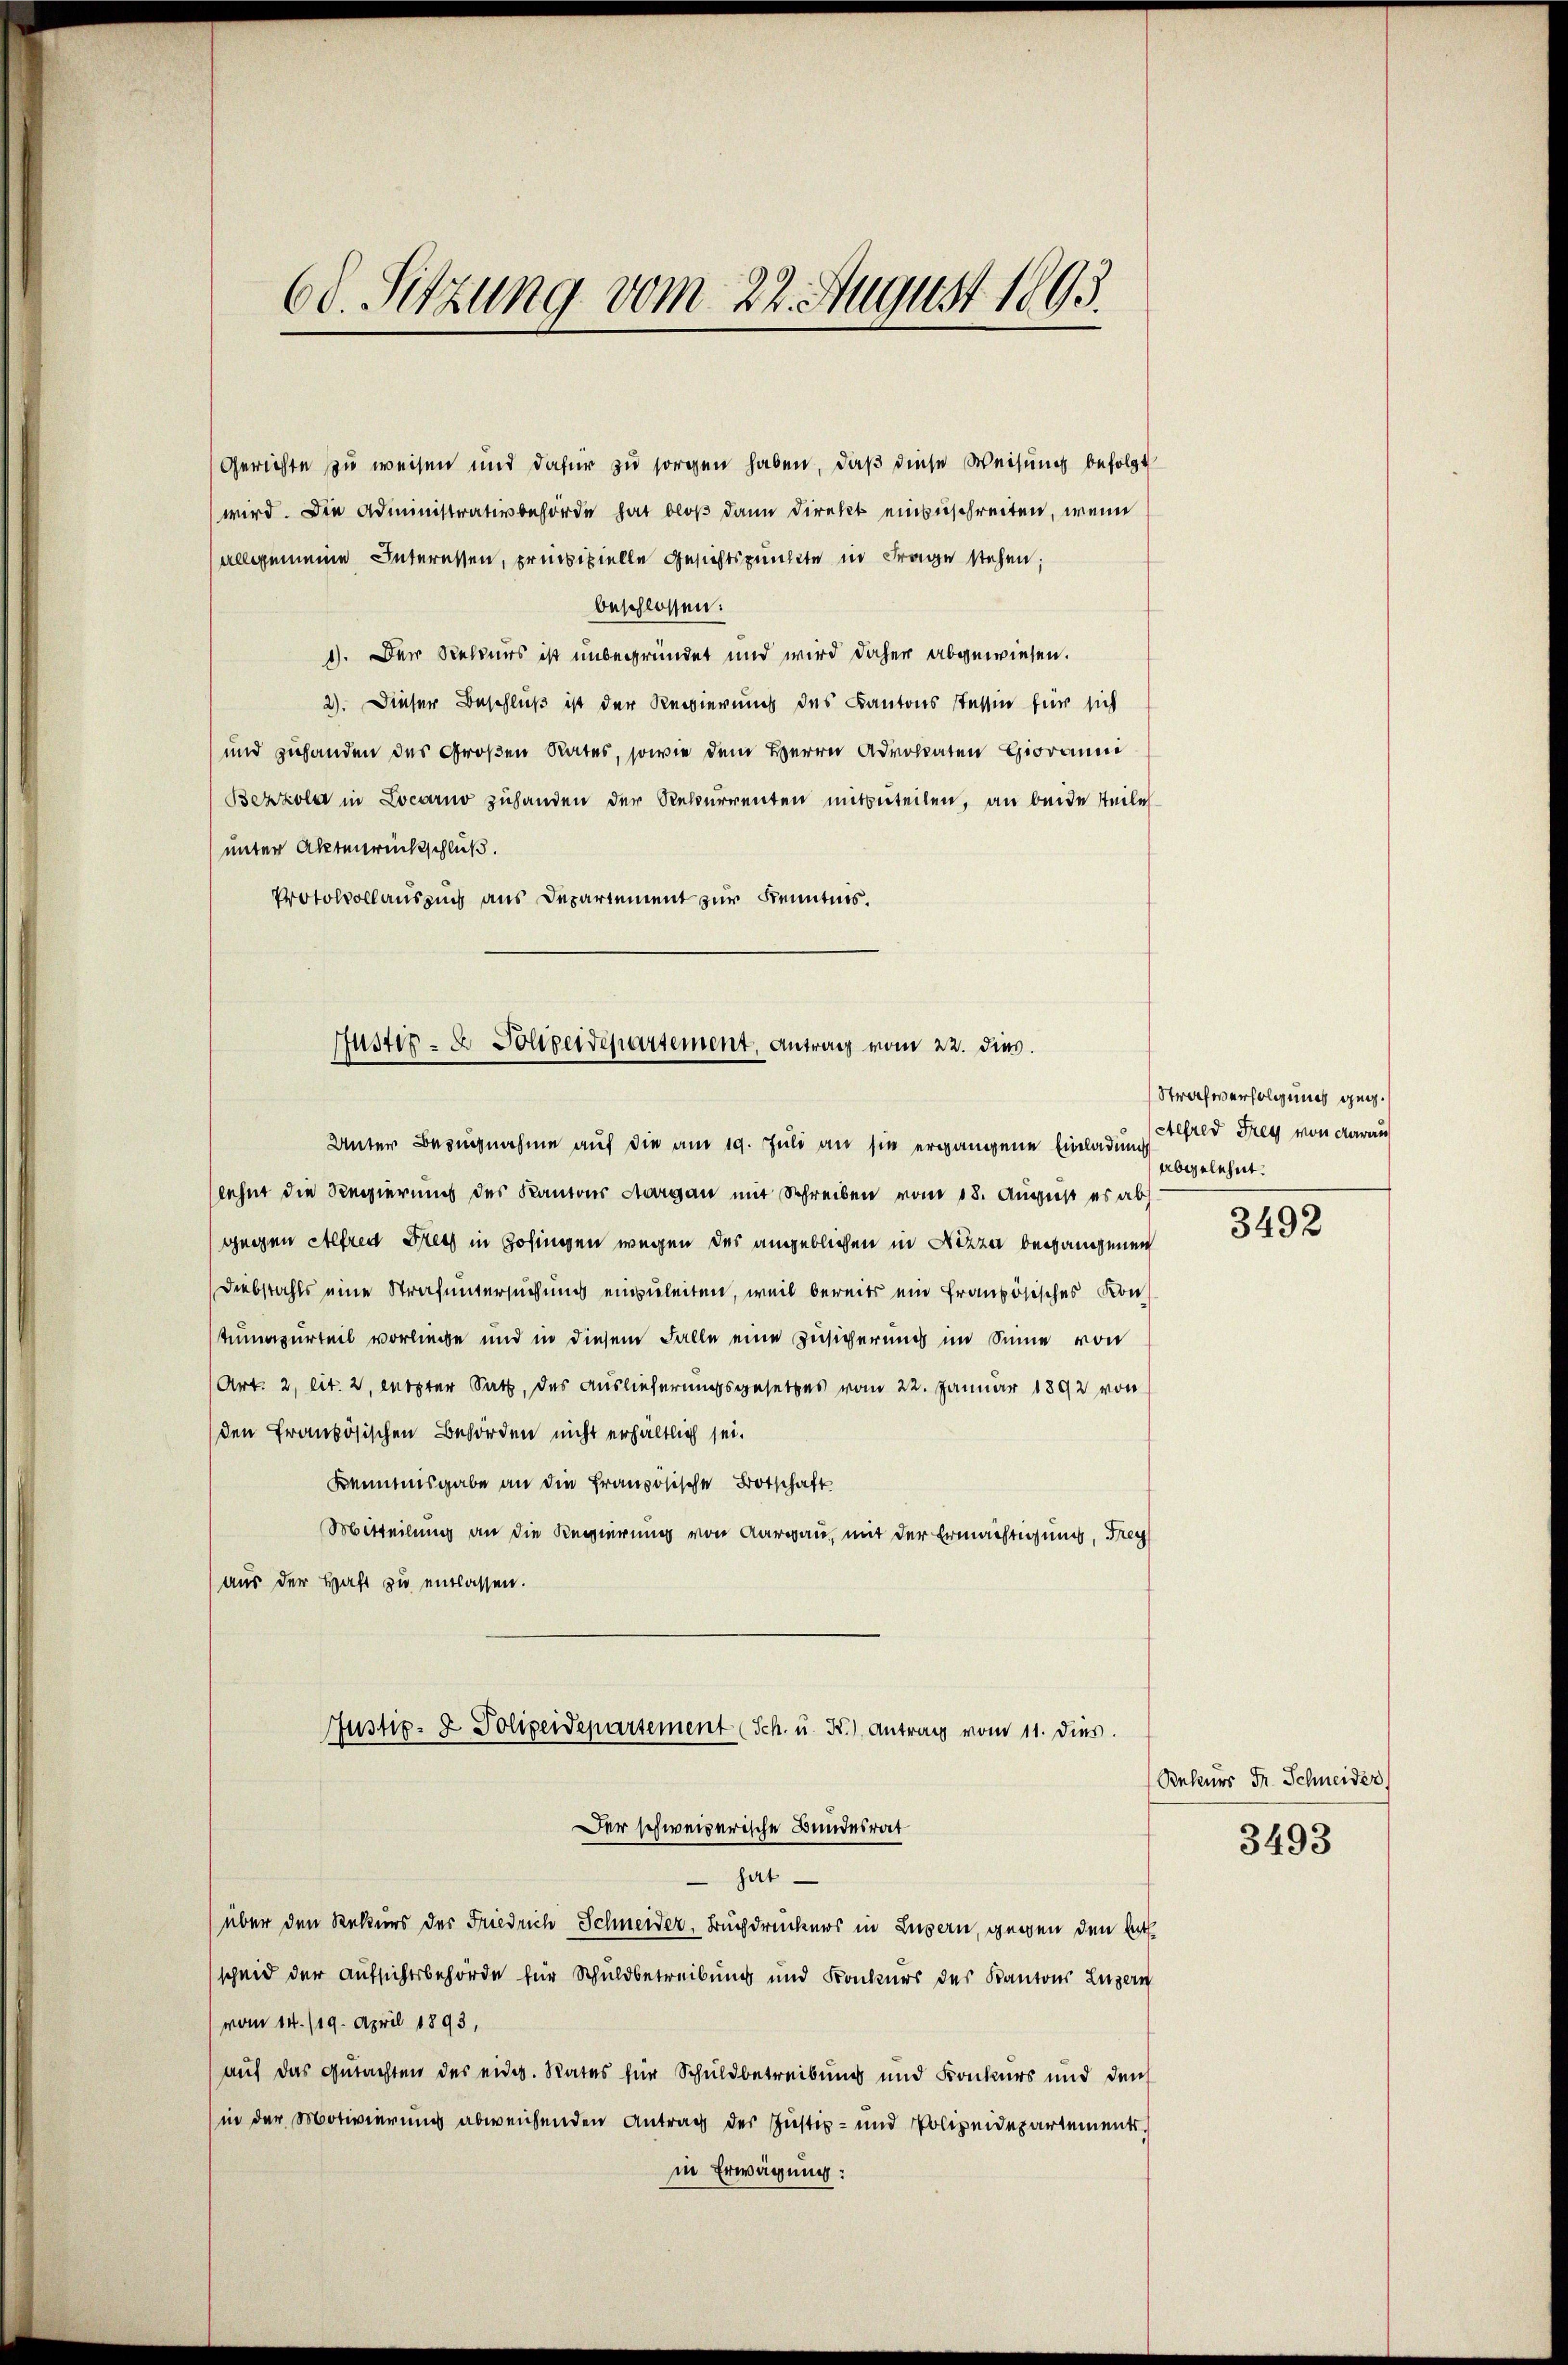
68. Sitzung vom 22. August 1895.

Gerichte zu weisen und dafür zu sorgen haben, daß diese Weisung befolgt
wird. Die Administrativbehörde hat bloß dann direkt einzuschreiten, wenn
allgemeine Interessen, precipielle Gesichtspunkte in Frage stehen;
beschlossen:
1). Der Rekurs ist unbegründet und wird daher abgewiesen.
2). Dieser Beschluß ist der Regierung des Kantons Tessin für sich
und zuhanden des Großen Rates, sowie dem Herrn Advokaten Giovanni
Bezzola in Locarno zuhanden der Rekurrenten mitzuteilen, an beide Teile
unter Aktenrückschluß.
Protokollauszug aus Departement zur Kenntnis.
Unter Bezugnahme auf die am 19. Juli an sie ergangene Einladung Alfred Frey von darau
lehnt die Regierung des Kantons Aargau mit Schreiben vom 18. August es ab
gegen Alfred Hess in Zofingen wegen des angeblichen in Nizza begangenen
Diebstahls eine Strafuntersuchung einzuleiten, weil bereits ein französisches von
tumazurteil vorliege und in diesem Falle eine Zusicherung im Sinne von
Art. 2, lit. 2, letzter Satz, das Auslieferungsgesetzes vom 22. Januar 1892 von
den französischen Behörden nicht erhältlich sei.
Kenntnisgabe an die französische Botschaft
Mitteilung an die Regierung von Aargau, mit der Ermächtigung, Frey
(aus der Haft zu entlassen.
Justiz- & Polizeidepartement (Sch. u. Kr.) Antrag vom 11. dies.
Der schweizerische Bundesrat
 hat
über den Rekurs der Friedrich Schneider, Buchdruckers in Luzern, gegen den Entscheid der Aufsichtsbehörde für Schuldbetreibung und Konkners des Kantons Luzern
vom 14. /19. April 1893,
auf das Gutachten des eidg. Rates für Schuldbetreibung und Konkurs und den
in der Motivierung abweichenden Antrag der Justiz- und Polizeidepartements.
in Erwägung:

Justiz- & Polizeidepartement, Antrag vom 22. dies.

Strafverfolgung geg.
abgelehnt.

3492

Rekurs Fr. Schneider

3493